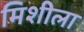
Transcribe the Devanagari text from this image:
मिशीला